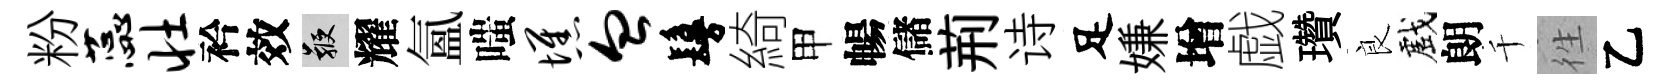
粉蕊壮衿效鞭耀氲嗤憔血鬘綺甲暢儲荊诗足嫌增戯瓚良戲朗千徃乙